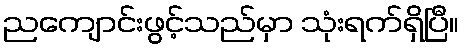
ညကျောင်းဖွင့်သည်မှာ သုံးရက်ရှိပြီ။